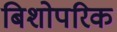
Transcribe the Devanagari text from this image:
बिशोपरिक